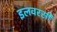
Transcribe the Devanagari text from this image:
इलवरसी